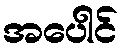
အပေါင်